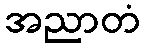
အညာတံ